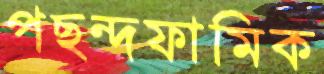
পছন্দফামিক